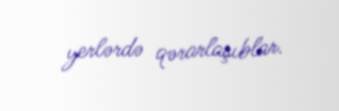
yerlərdə qərarlaşıblar.